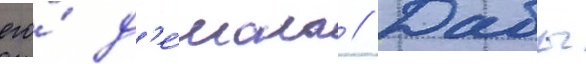
его́ д'е́мона // Дабы